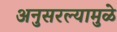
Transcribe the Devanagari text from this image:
अनुसरल्यामुळे